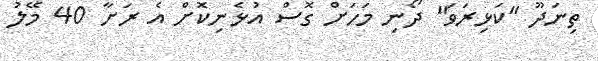
ތިނަދޫ "ކަޅިރަވަ" ދޯނި މަހަށް ގޮސް އުޅެނިކޮށް އެ ރަށާ 40 މޭލު